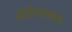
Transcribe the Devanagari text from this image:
सीरियाला